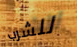
للشرب